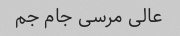
عالی مرسی جام جم